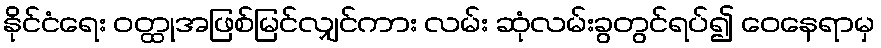
နိုင်ငံရေး ဝတ္ထုအဖြစ်မြင်လျှင်ကား လမ်း ဆုံလမ်းခွတွင်ရပ်၍ ဝေနေရာမှ